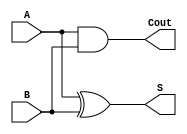
module half_adder(S, Cout, A, B);
  input A, B;
  output S, Cout;

  and cout_and(Cout, A, B);
  xor sum_xor(S, A, B);
endmodule